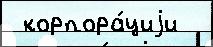
 корпора́циjи